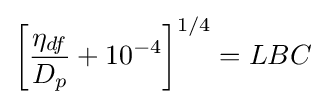
\left[{\frac {\eta _{df}}{D_{p}}}+10^{-4}\right]^{1/4}=LBC_{}